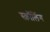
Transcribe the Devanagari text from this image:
स्क्रॉलिंग